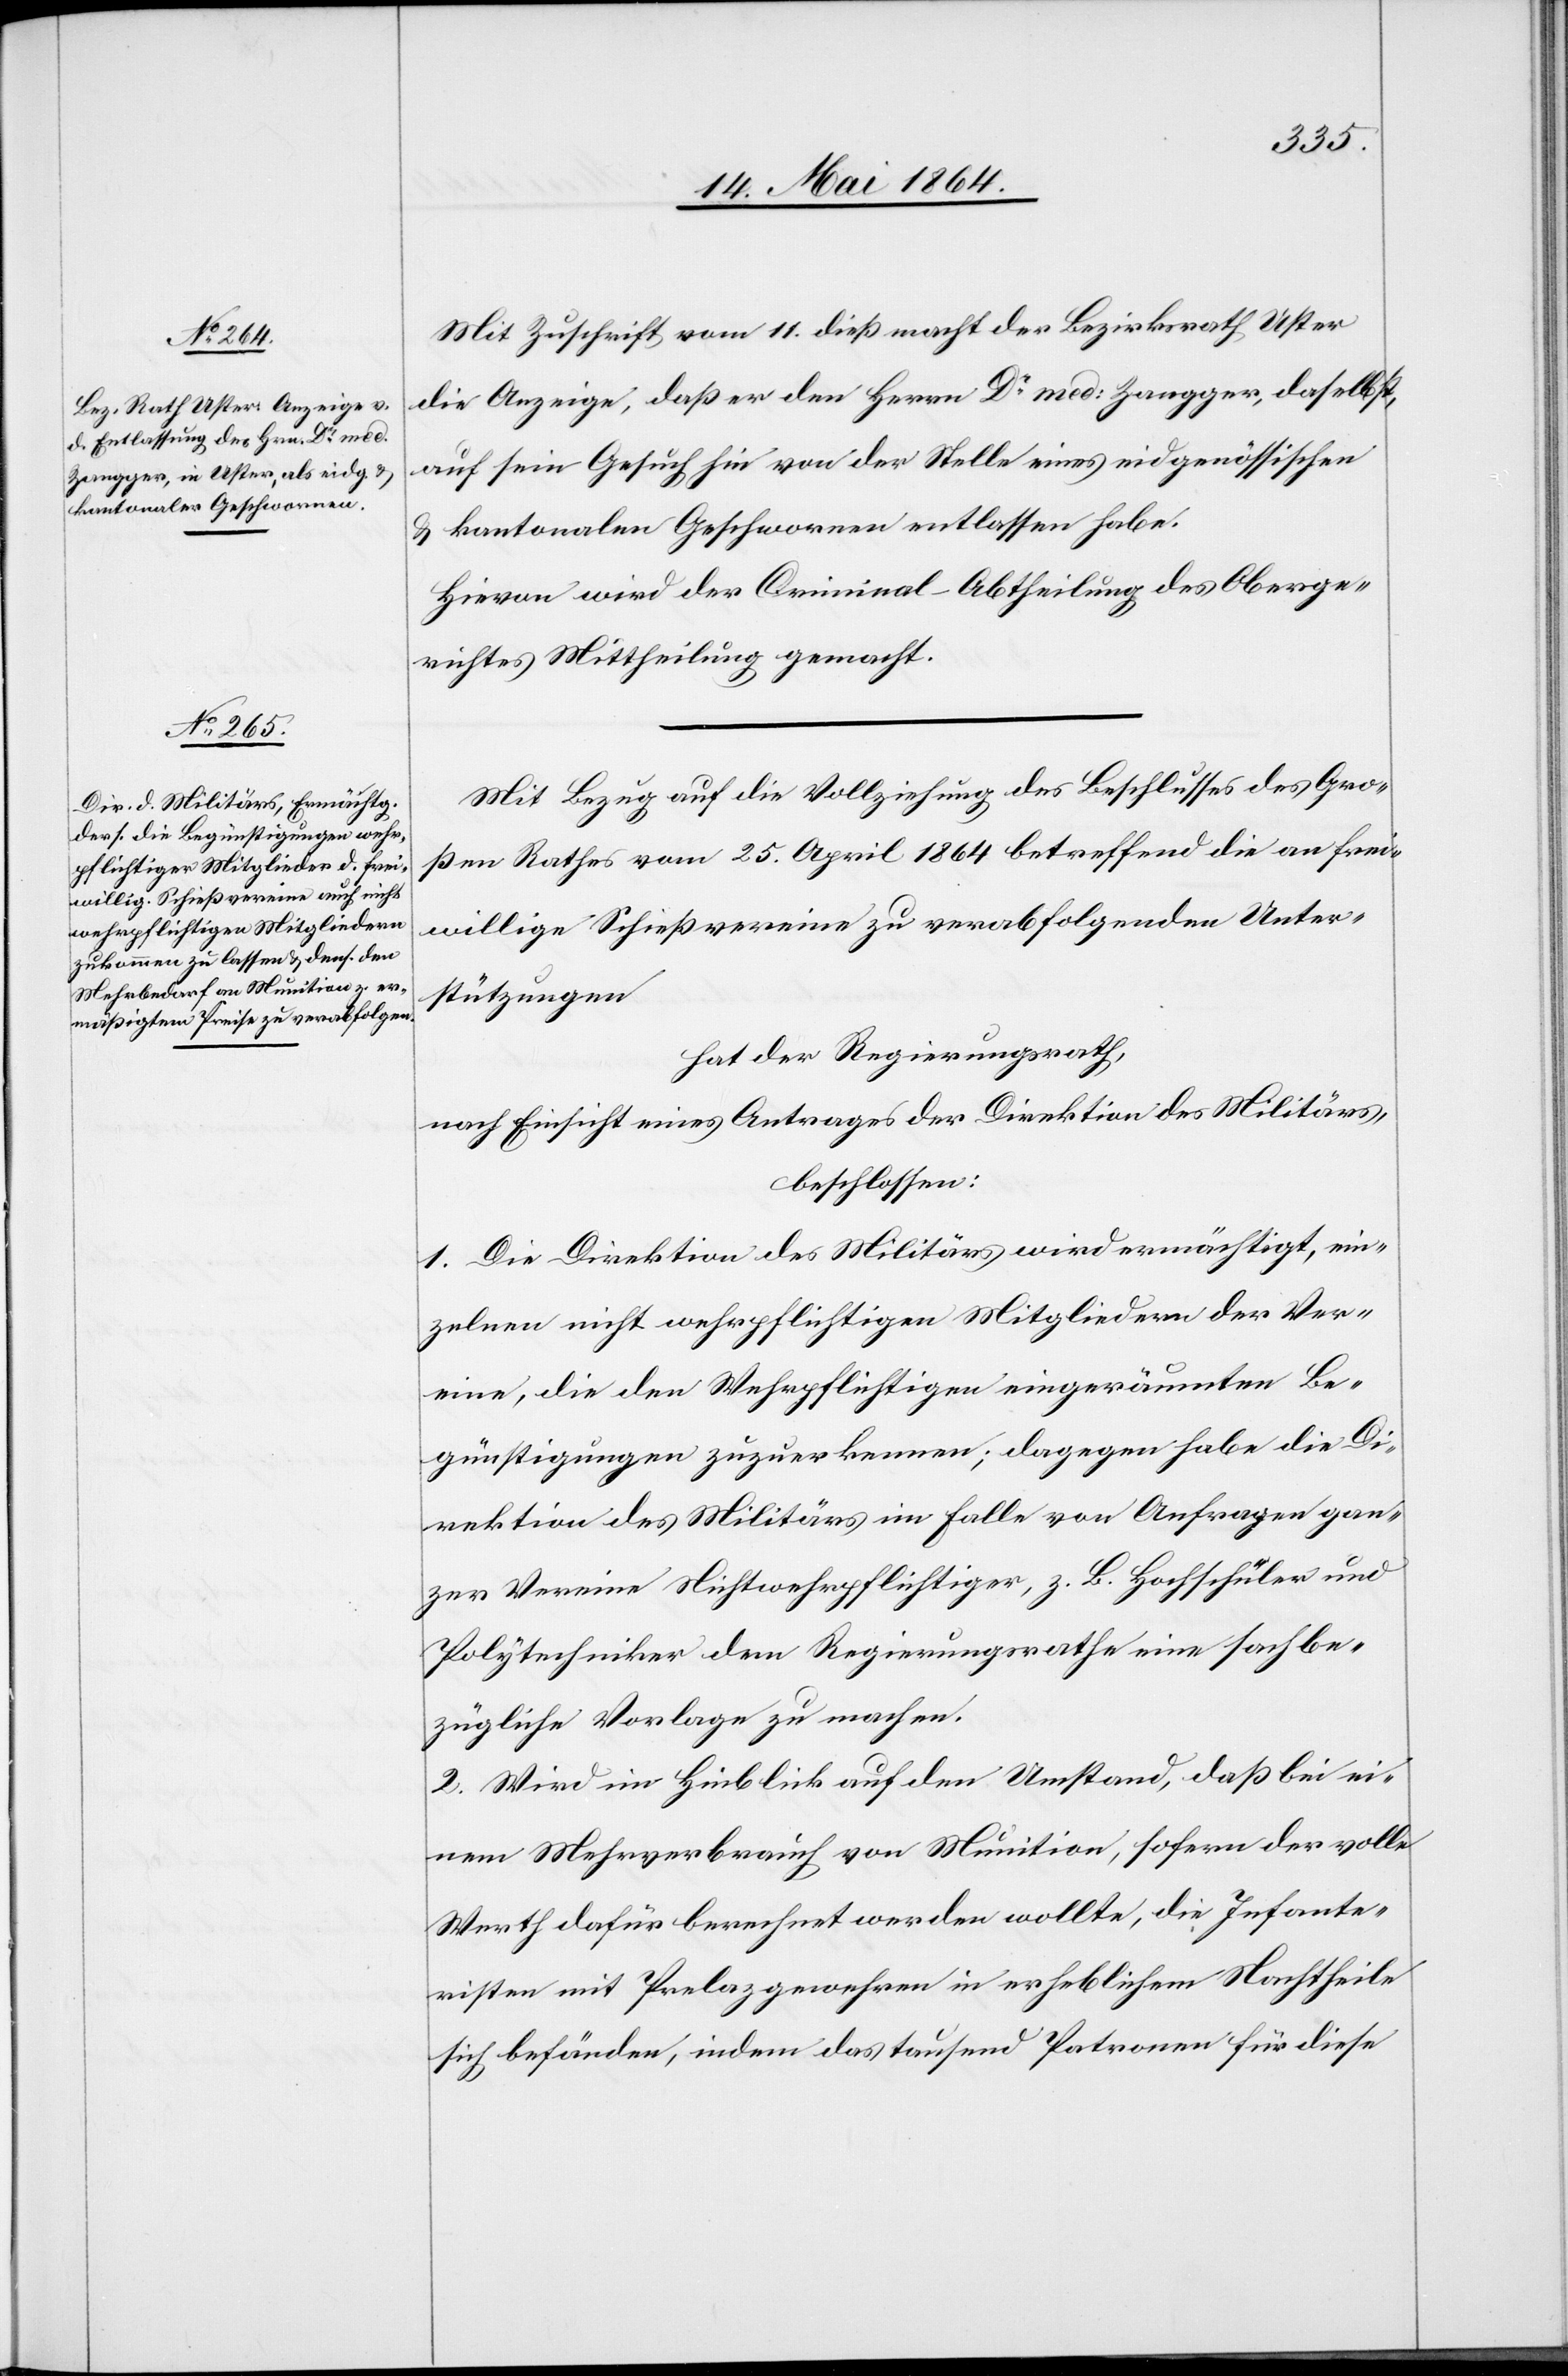
Mit Zuschrift vom 11. dieß macht der Bezirksrath Uster
die Anzeige, daß er den Herrn Dr med: Zangger, daselbst,
auf sein Gesuch hin von der Stelle eines eidgenössischen
u. kantonalen Geschwornen entlassen habe.
Hievon wird der Criminal-Abtheilung des Oberge¬
richtes Mittheilung gemacht.
Mit Bezug auf die Vollziehung des Beschlusses des Gro¬
ßen Rathes vom 25. April 1864 betreffend die an frei¬
willige Schießvereine zu verabfolgenden Unter¬
stützungen
hat der Regierungsrath,
nach Einsicht eines Antrages der Direktion des Militärs,
beschlossen:
1. Die Direktion des Militärs wird ermächtigt, ein¬
zelnen nicht wehrpflichtigen Mitgliedern der Ver¬
eine, die den Wehrpflichtigen eingeräumten Be¬
günstigungen zuzuerkennen; dagegen habe die Di¬
rektion des Militärs im Falle von Anfragen gan¬
zer Vereine Nichtwehrpflichtiger, z. B. Hochschüler und
Polytechniker dem Regierungsrathe eine sachbe¬
zügliche Vorlage zu machen.
2. Wird im Hinblick auf den Umstand, daß bei ei¬
nem Mehrverbrauch von Munition, sofern der volle
Werth dafür berechnet werden wollte, die Infante¬
risten mit Prelazgewehren in erheblichem Nachtheile
sich befänden, indem das tausend Patronen für diese